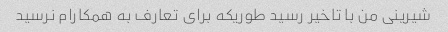
شیرینی من با تاخیر رسید طوریکه برای تعارف به همکارام نرسید